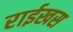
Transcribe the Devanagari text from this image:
राईखस